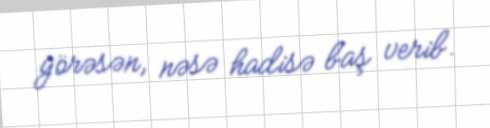
görəsən, nəsə hadisə baş verib.